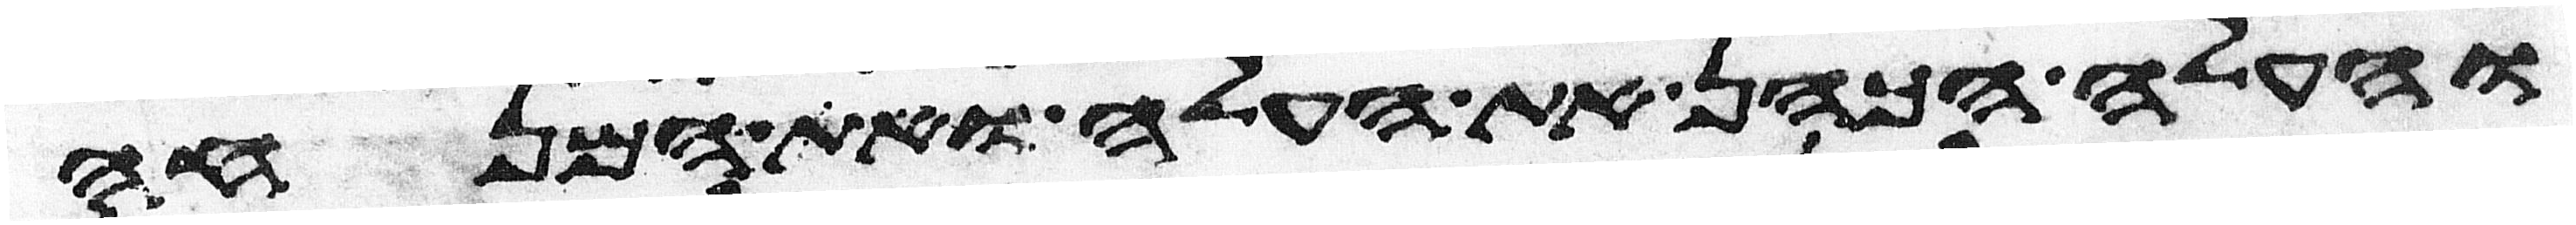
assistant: והעלה הכהן את העלה ואת המנחה